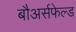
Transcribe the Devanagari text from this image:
बौअर्सफेल्ड